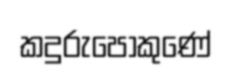
කදුරුපොකුණේ